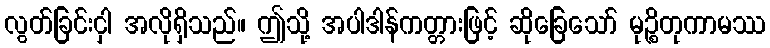
လွတ်ခြင်းငှါ အလိုရှိသည်။ ဤသို့ အပါဒါန်ကတ္တားဖြင့် ဆိုခြေသော် မုဉ္စိတုကာမဿ